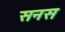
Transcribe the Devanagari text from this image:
सनस